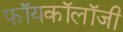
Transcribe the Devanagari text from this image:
फॉयकॉलॉजी